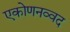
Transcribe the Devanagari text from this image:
एकोणनव्वद